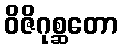
ဝိဇိဂုစ္ဆတော